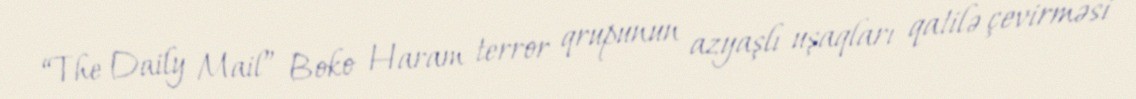
“The Daily Mail” Boko Haram terror qrupunun azyaşlı uşaqları qatilə çevirməsi